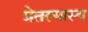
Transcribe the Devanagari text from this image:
प्रेतस्यास्य